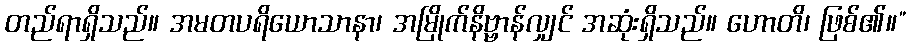
တည်ရာရှိသည်။ အမတပရိယောသာနာ၊ အမြိုက်နိဗ္ဗာန်လျှင် အဆုံးရှိသည်။ ဟောတိ၊ ဖြစ်၏။”